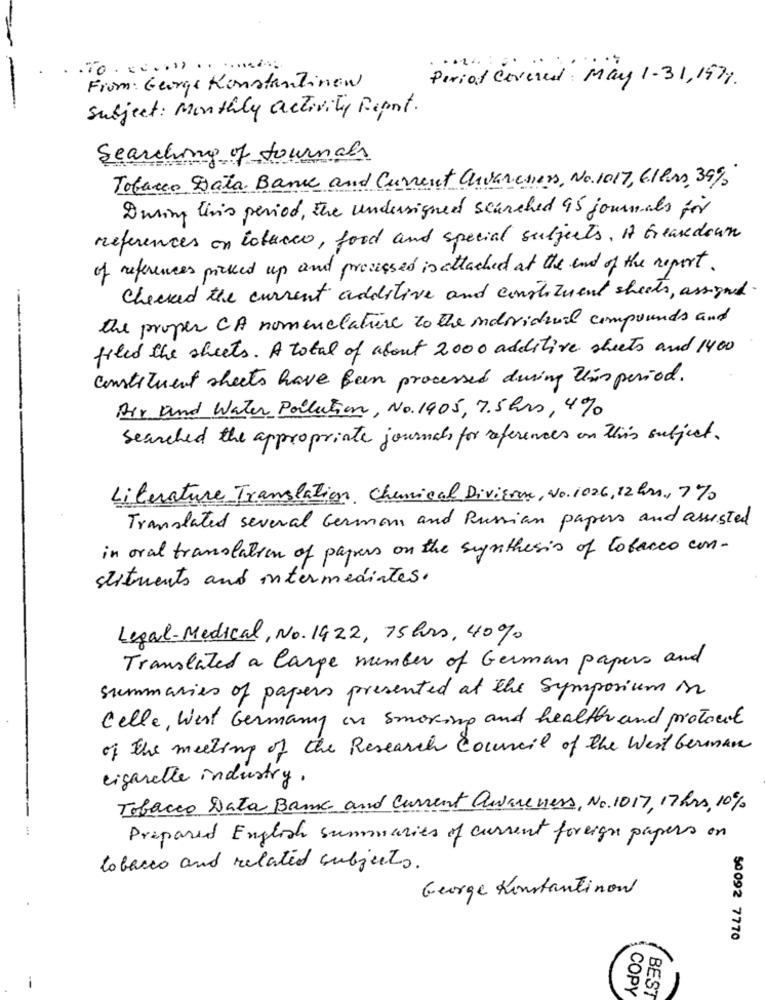
.To. .... ..
Period Covered May 1 - 31, 197 .
From: George Konstantinow
Subject: Monthly activity Report.
Searching of Journals
Tobacco Data Bance and Current Civarchers, No. 1017, Ellers, 39%
During tivis period, the undersigned searched 95 journals for
references on tobacco, food and special subjects. A breakdown
of references pressed up and processed is attached at the end of the report.
Checked the current additive and constituent sheets, assigned
the proper CA nomenclature to the individual compounds and
filed the sheets. A total of about 2000 additive sheets and 1400
constituent sheets have been processed during this period.
Air and Water Pollution, No. 1905, 7.5hrs, 4%
Searched the appropriate journals for references on this subject.
Literature Translation Chemical Division, No. 1026, 12 hrs, 7%
Translated several German and Russian papers and assisted
in oral translation of papers on the synthesis of tobacco con-
slitments and intermediates.
Legal-Medical, No. 1422, 75hrs, 40%
Translated a large number of German papers and
summaries of paper presented at the Symposium on
Celle, West Germany in smoking and health and protocol
of the meeting of the Research Council of the West German
cigarette industry.
Tobacco Data Bank and Current awareness, No. 1017, 17hrs, 10%
Prepared English summaries of current foreign papers on
tobacco and related subjects.
George Konstantinow
50092 7770
COPY
BEST